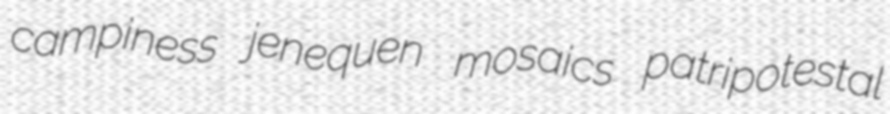
campiness jenequen mosaics patripotestal